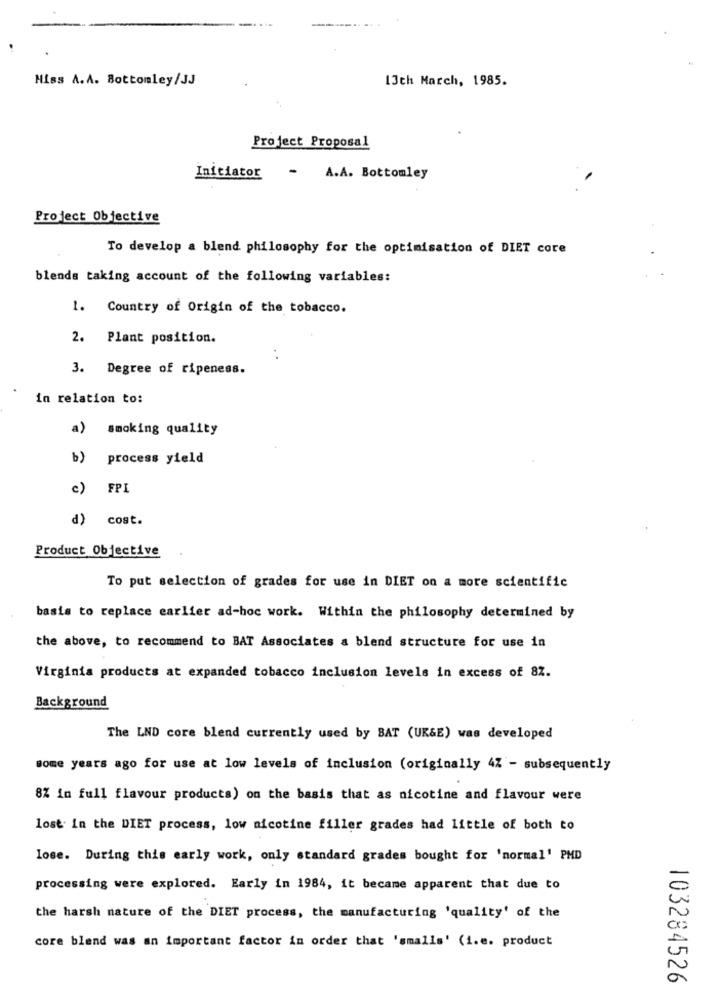
Hiss A.A. Bottomley/JJ
13th March, 1985.
Project Proposal
Initiator
- A.A. Bottomley
Project Objective
To develop a blend philosophy for the optimisation of DIET core
blends taking account of the following variables:
1. Country of Origin of the tobacco.
2. Plant position.
. .
3. Degree of ripeness.
in relation to:
a) smoking quality
b)
process yield
c)
FPI
d) cost.
Product Objective
To put selection of grades for use in DIET on a more scientific
basis to replace earlier ad-hoc work. Within the philosophy determined by
the above, to recommend to BAT Associates a blend structure for use in
Virginia products at expanded tobacco inclusion levels in excess of 82.
Background
The LND core blend currently used by BAT (UK&E) was developed
some years ago for use at low levels of inclusion (originally 4% - subsequently
8% in full flavour products) on the basis that as nicotine and flavour were
lost. In the DIET process, low nicotine filler grades had little of both to
lose. During this early work, only standard grades bought for 'normal' PHD
processing were explored. Early in 1984, it became apparent that due to
the harsh nature of the DIET process, the manufacturing 'quality' of the
core blend was an important factor in order that 'smalls' (i.e. product
103284526